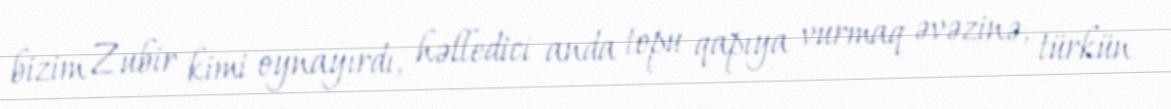
bizim Zubir kimi oynayırdı, həlledici anda topu qapıya vurmaq əvəzinə, türkün